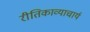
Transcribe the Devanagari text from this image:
रीतिकाव्याचार्य